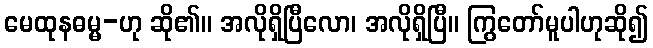
မေထုနဓမ္မ-ဟု ဆို၏။ အလိုရှိပြီလော၊ အလိုရှိပြီ။ ကြွတော်မူပါဟုဆို၍